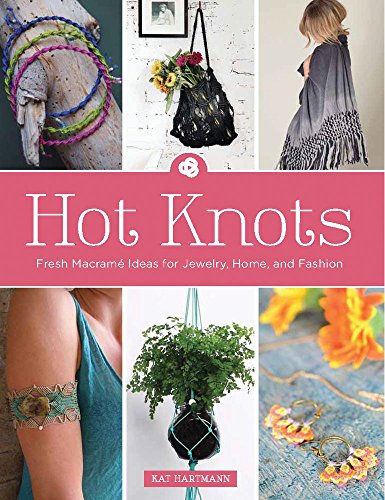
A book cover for Hot Knots: Fresh MacramÃ© Ideas for Jewelry, Home, and Fashion; Kat Hartmann; Crafts, Hobbies & Home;